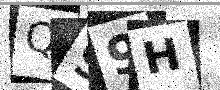
Text: Q99H